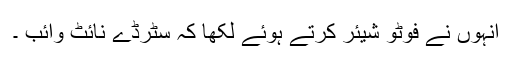
انہوں نے فوٹو شیئر کرتے ہوئے لکھا کہ سٹرڈے نائٹ وائب ۔